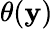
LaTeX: \theta(\mathbf{y})